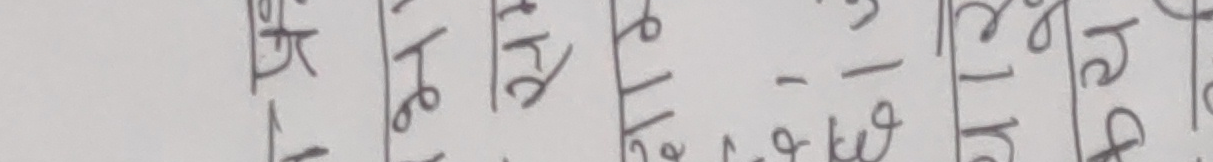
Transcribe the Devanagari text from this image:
से १ हे १ से १ भे १ से २ हे ३ थे १ र